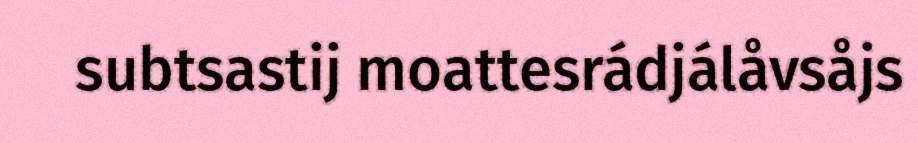
subtsastij moattesrádjálåvsåjs